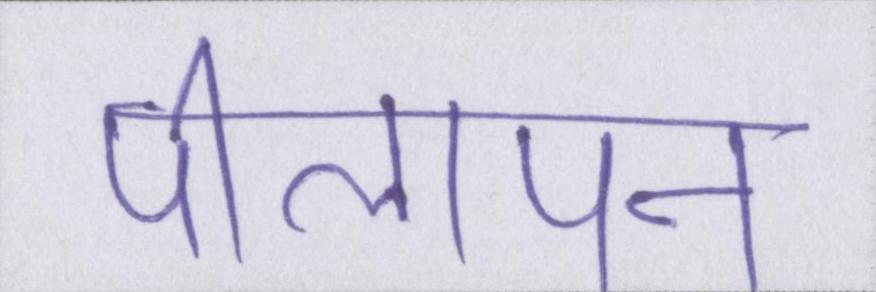
पीलापन